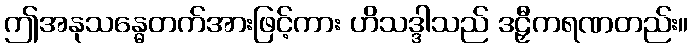
ဤအနုသန္ဓေတက်အားဖြင့်ကား ဟိသဒ္ဒါသည် ဒဠှီကရဏတည်း။